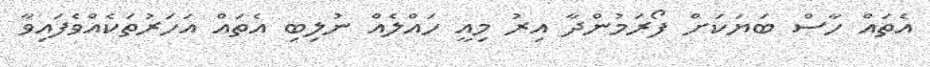
އެތައް ހާސް ބަޔަކަށް ފޯރަމުންދާ އިރު މިއީ ހައްލެއް ނުލިބި އެތައް އަހަރުތަކެއްވެފައިވާ